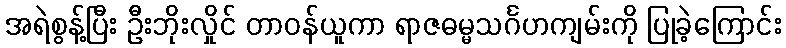
အရဲစွန့်ပြီး ဦးဘိုးလှိုင် တာဝန်ယူကာ ရာဇဓမ္မသင်္ဂဟကျမ်းကို ပြုခဲ့ကြောင်း